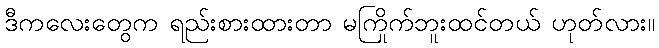
ဒီကလေးတွေက ရည်းစားထားတာ မကြိုက်ဘူးထင်တယ် ဟုတ်လား။